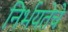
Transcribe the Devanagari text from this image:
निर्भयतेचे